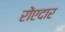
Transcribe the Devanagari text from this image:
रोंएदार